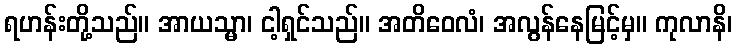
ရဟန်းတို့သည်။ အာယသ္မာ၊ ငါ့ရှင်သည်။ အတိဝေလံ၊ အလွန်နေမြင့်မှ။ ကုလာနိ၊